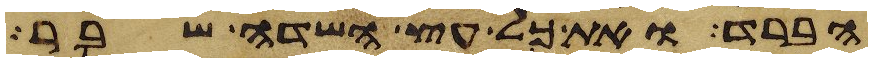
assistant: הברד ואת כל עץ השדה שבר